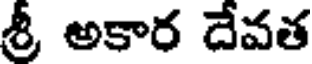
శ్రీ అకార దేవత